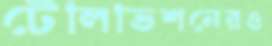
টেলিভিশনেরও